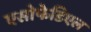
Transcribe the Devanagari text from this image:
एसोफेडिएल